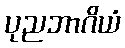
ပုညဘာဂိယံ